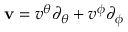
\mathbf { v } = v ^ { \theta } \partial _ { \theta } + v ^ { \phi } \partial _ { \phi }